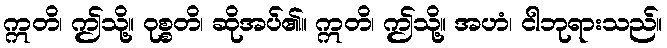
ဣတိ၊ ဤသို့။ ဝုစ္စတိ၊ ဆိုအပ်၏။ ဣတိ၊ ဤသို့။ အဟံ၊ ငါဘုရားသည်။